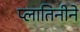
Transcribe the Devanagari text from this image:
प्लातिनीने